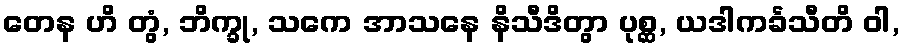
တေန ဟိ တွံ, ဘိက္ခု, သကေ အာသနေ နိသီဒိတွာ ပုစ္ဆ, ယဒါကင်္ခသီတိ ဝါ,